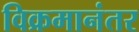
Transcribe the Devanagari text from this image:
विक्रमानंतर